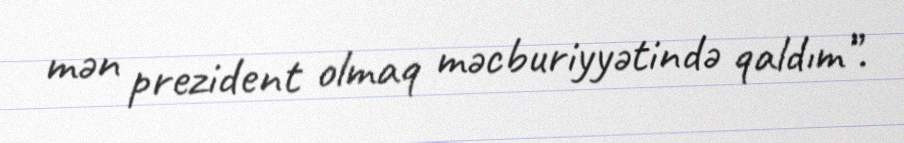
mən prezident olmaq məcburiyyətində qaldım”.